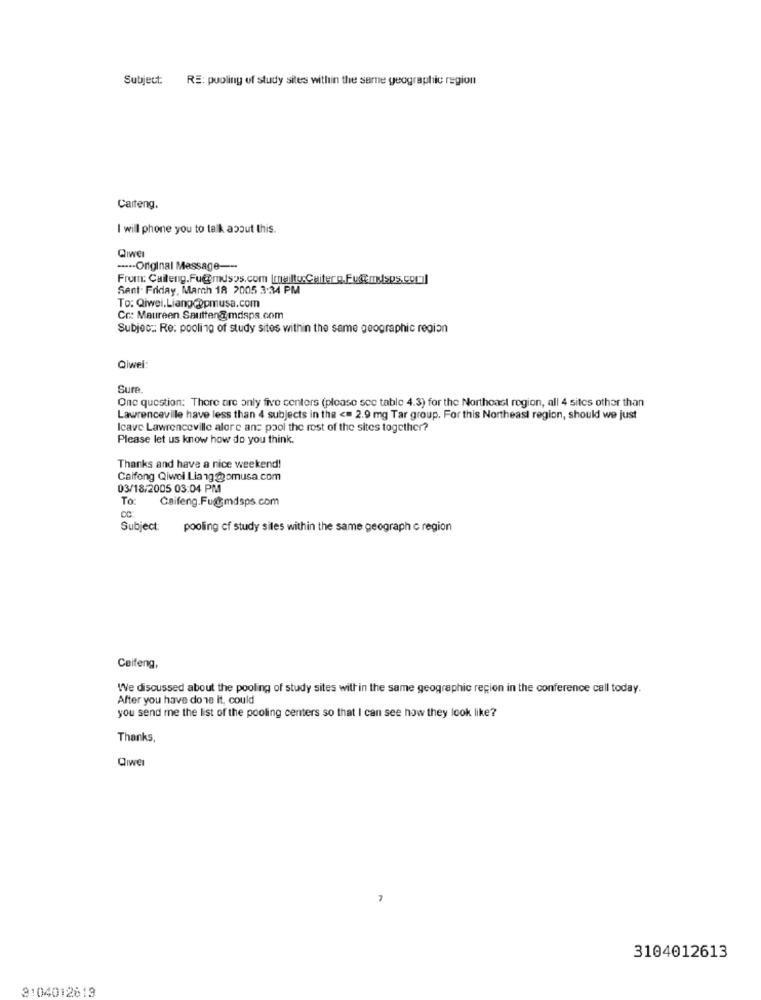
Subject: RE: puoling of study sites within the same geographic region
Carteng.
I will phone you to talk about this.
Qwer
---- Original Message --
From: Caileng.Fu@mdsos.com [mailto:Ceitero.Fu@msgs.com]
Sent: Friday, March 18 2005 3:34 PM
To: Qiwei.Liang@@pmusa.com
Cr: Maureen Sautten@mdsps.com
Subject: Re: pooling of study sites within the same geographic region
Qiwel:
Sure.
One question: There are only five centers (please see table 4.3) for the Northeast region, all 4 sites other than
Lawrenceville have less than 4 subjects in the <= 2.9 mg Tar group. For this Northeast region, should we just
Icave Lawrenceville alore ans pool the rest of the sites together?
Please let us know how do you think.
Thanks and have a nice weekend!
Caifong Qiwei Liang @omusa.com
03/18/2005 03:04 PM
To:
Caifeng.Fugsmdsps.com
Subject:
pooling of study siles within the same geograph c region
Caifeng,
We discussed about the pooling of study sites with in the same geographic region in the conference call today.
After you have done it, could
you send me the list of the pooling centers so that I can see how they look like?
Thanks,
Qwer
3104012613
3104012813